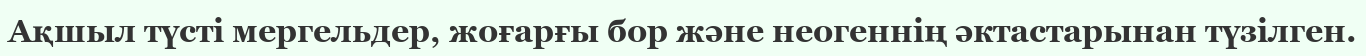
Ақшыл түсті мергельдер, жоғарғы бор және неогеннің әктастарынан түзілген.